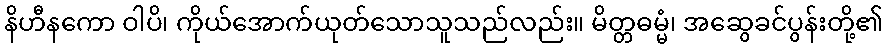
နိဟီနကော ဝါပိ၊ ကိုယ်အောက်ယုတ်သောသူသည်လည်း။ မိတ္တဓမ္မံ၊ အဆွေခင်ပွန်းတို့၏